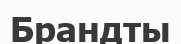
Брандты